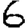
Digit: 6